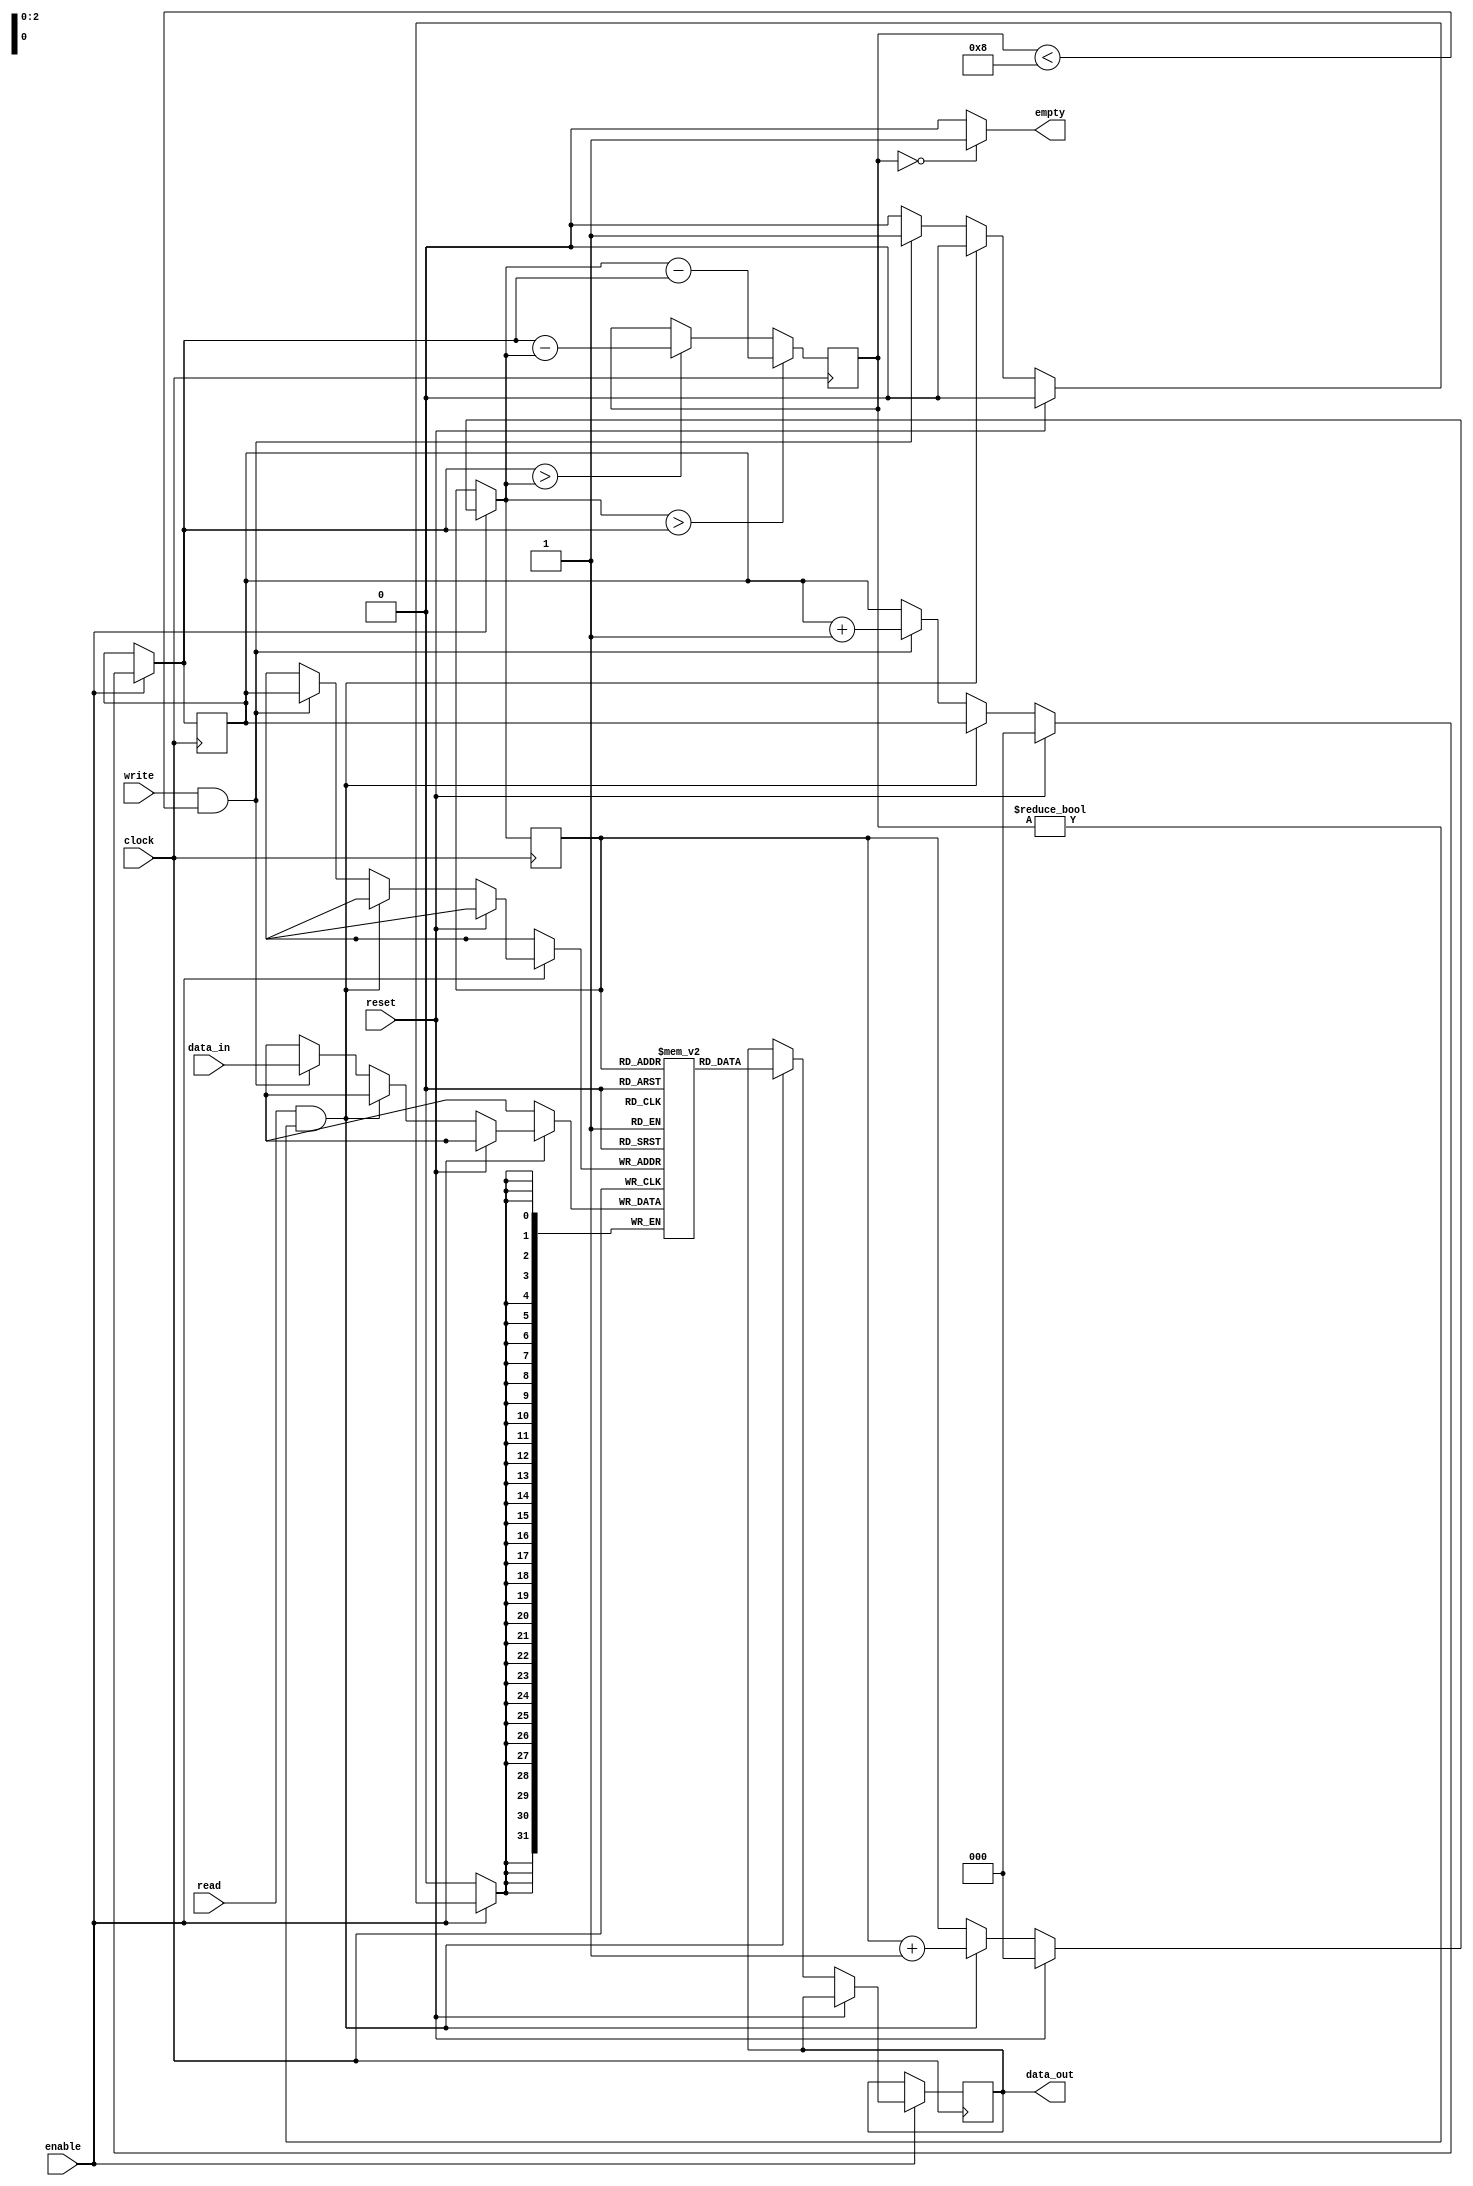
module FIFO_BUFFER_MEMORY( clock, data_in, read, write,  enable, data_out, reset,empty ); 
//input and output
input  clock, read, write, enable, reset;
input   [31:0]    data_in;
output  empty;
output reg [31:0] data_out; 
//internal registers and memory declairation 
reg [2:0]  count = 0;        // Counts Memory Word; There are 8 word so 3 bit register is enough
reg [31:0] memory [0:7];     // 8 Word Memory with each word size of 32 bit
reg [2:0]  read_pointer = 0; 
reg [2:0]  write_pointer = 0; //Read and write pointer  
//To check the empty condition
assign empty = (count==0)? 1'b1:1'b0; 
always @ (posedge clock) 
begin 
 if (enable==0); //if "Active High Enable" condition is low then do nothing
 else begin 
  if (reset) begin 
   read_pointer = 0; 
   write_pointer = 0; 
  end 
  else if (read ==1'b1 && count!=0) begin 
   data_out  = memory[read_pointer]; 
   read_pointer = read_pointer+1; 
  end 
  else if (write==1'b1 && count<8) begin
   memory[write_pointer]  = data_in; 
   write_pointer  = write_pointer+1; 
  end 
  else; 
 end 
//Error Handeling of read and write pointer
 if (write_pointer==8) 
  write_pointer=0; 
 else if (read_pointer==8) 
  read_pointer=0; 
 else;
// Adjusting the "count" value for function of "EMPTY"
 if (read_pointer > write_pointer) begin 
  count=read_pointer-write_pointer; 
 end 
 else if (write_pointer > read_pointer) 
  count=write_pointer-read_pointer; 
 else;
end 

endmodule